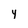
Character: y